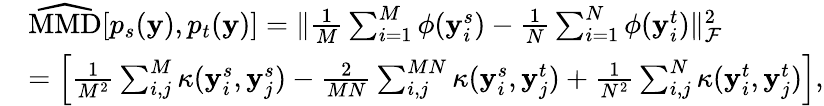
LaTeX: \begin{array}{rl}&{\widehat{\mathrm{MMD}}[p_{s}(\mathbf{y}),p_{t}(\mathbf{y})]=\| \frac{1}{M}\sum_{i=1}^{M}\phi(\mathbf{y}_{i}^{s})-\frac{1}{N}\sum_{i=1}^{N}\phi(\mathbf{y}_{i}^{t})\| _{\mathcal{F}}^{2}}\\ &{=\left[\frac{1}{M^{2}}\sum_{i,j}^{M}\kappa(\mathbf{y}_{i}^{s},\mathbf{y}_{j}^{s})-\frac{2}{MN}\sum_{i,j}^{MN}\kappa(\mathbf{y}_{i}^{s},\mathbf{y}_{j}^{t})+\frac{1}{N^{2}}\sum_{i,j}^{N}\kappa(\mathbf{y}_{i}^{t},\mathbf{y}_{j}^{t})\right],}\end{array}